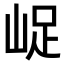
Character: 𡷿